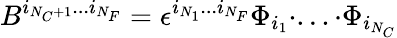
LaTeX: B^{i_{N_{C}+1}...i_{N_{F}}}=\epsilon^{i_{N_{1}}...i_{N_{F}}}\Phi_{i_{1}}\cdot...\cdot\Phi_{i_{N_{C}}}